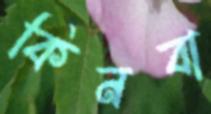
কিনবা